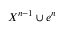
X ^ { n - 1 } \cup e ^ { n }